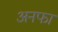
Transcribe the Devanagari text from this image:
अनफा